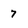
Character: 7